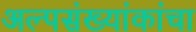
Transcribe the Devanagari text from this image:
अल्पसंख्यांकांचा